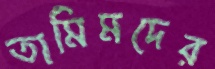
তামিমদের